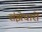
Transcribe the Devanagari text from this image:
संझेधारों